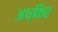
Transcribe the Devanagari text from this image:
अध्किर